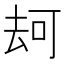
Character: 𠳌